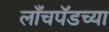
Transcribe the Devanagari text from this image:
लाँचपॅडच्या